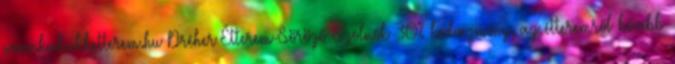
www.kakukketterem.hu Dréher Étterem-Söröző Szolnok 30% kedvezmény, az étteremről bővebb